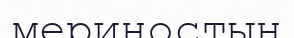
мериностың